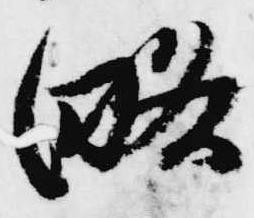
略